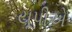
યૂપીએ